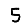
Digit: 5